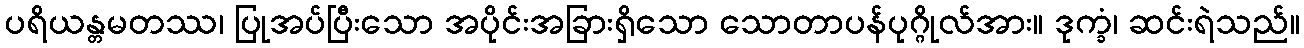
ပရိယန္တမတဿ၊ ပြုအပ်ပြီးသော အပိုင်းအခြားရှိသော သောတာပန်ပုဂ္ဂိုလ်အား။ ဒုက္ခံ၊ ဆင်းရဲသည်။